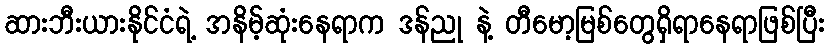
ဆားဘီးယားနိုင်ငံရဲ့ အနိမ့်ဆုံးနေရာက ဒန်ညု နဲ့ တီမော့မြစ်တွေရှိရာနေရာဖြစ်ပြီး